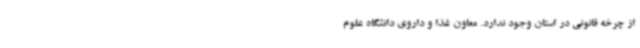
از چرخه قانونی در استان وجود ندارد. معاون غذا و داروی دانشگاه علوم